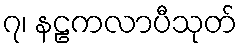
၇၊ နဠကလာပီသုတ်